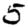
Digit: 5